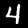
Digit: 4